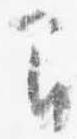
間